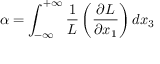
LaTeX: \alpha = \int _ { - \infty } ^ { + \infty } { \frac { 1 } { L } } \left( { \frac { \partial L } { \partial x _ { 1 } } } \right) d x _ { 3 }